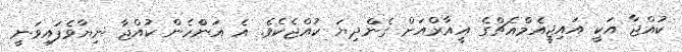
ކުއްޖާ އަކީ އައިޖީއެމްއެޗްގެ އީއާރްއަށް ގެންދިޔަ ކުއްޖެކެވެ. އެ އަންްހެން ކުއްޖާ ނިޔާވެފައިވަނީ